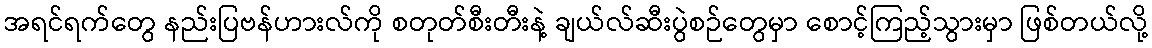
အရင်ရက်တွေ နည်းပြဗန်ဟားလ်ကို စတုတ်စီးတီးနဲ့ ချယ်လ်ဆီးပွဲစဉ်တွေမှာ စောင့်ကြည့်သွားမှာ ဖြစ်တယ်လို့